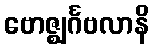
ဗောဇ္ဈင်္ဂဗလာနိ